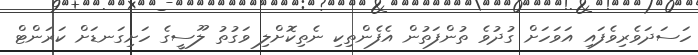
ހަސަދަވެރިވެފައި އަވަހަށް ގުދުވެ ތުންފަތުން އެފެންތިކި ނެތިކޮށްލި ވަގުތު ލޫސީގެ ހަށިގަނޑަށް ކަރަންޓް